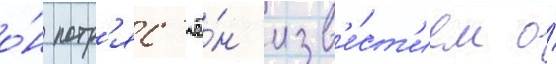
о́н потр'яс'ё́н изв'е́ст'ием о́